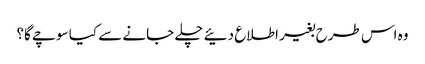
وہ اس طرح بغیر اطلاع دئیے چلے جانے سے کیا سوچے گا؟